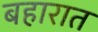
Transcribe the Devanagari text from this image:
बहारात